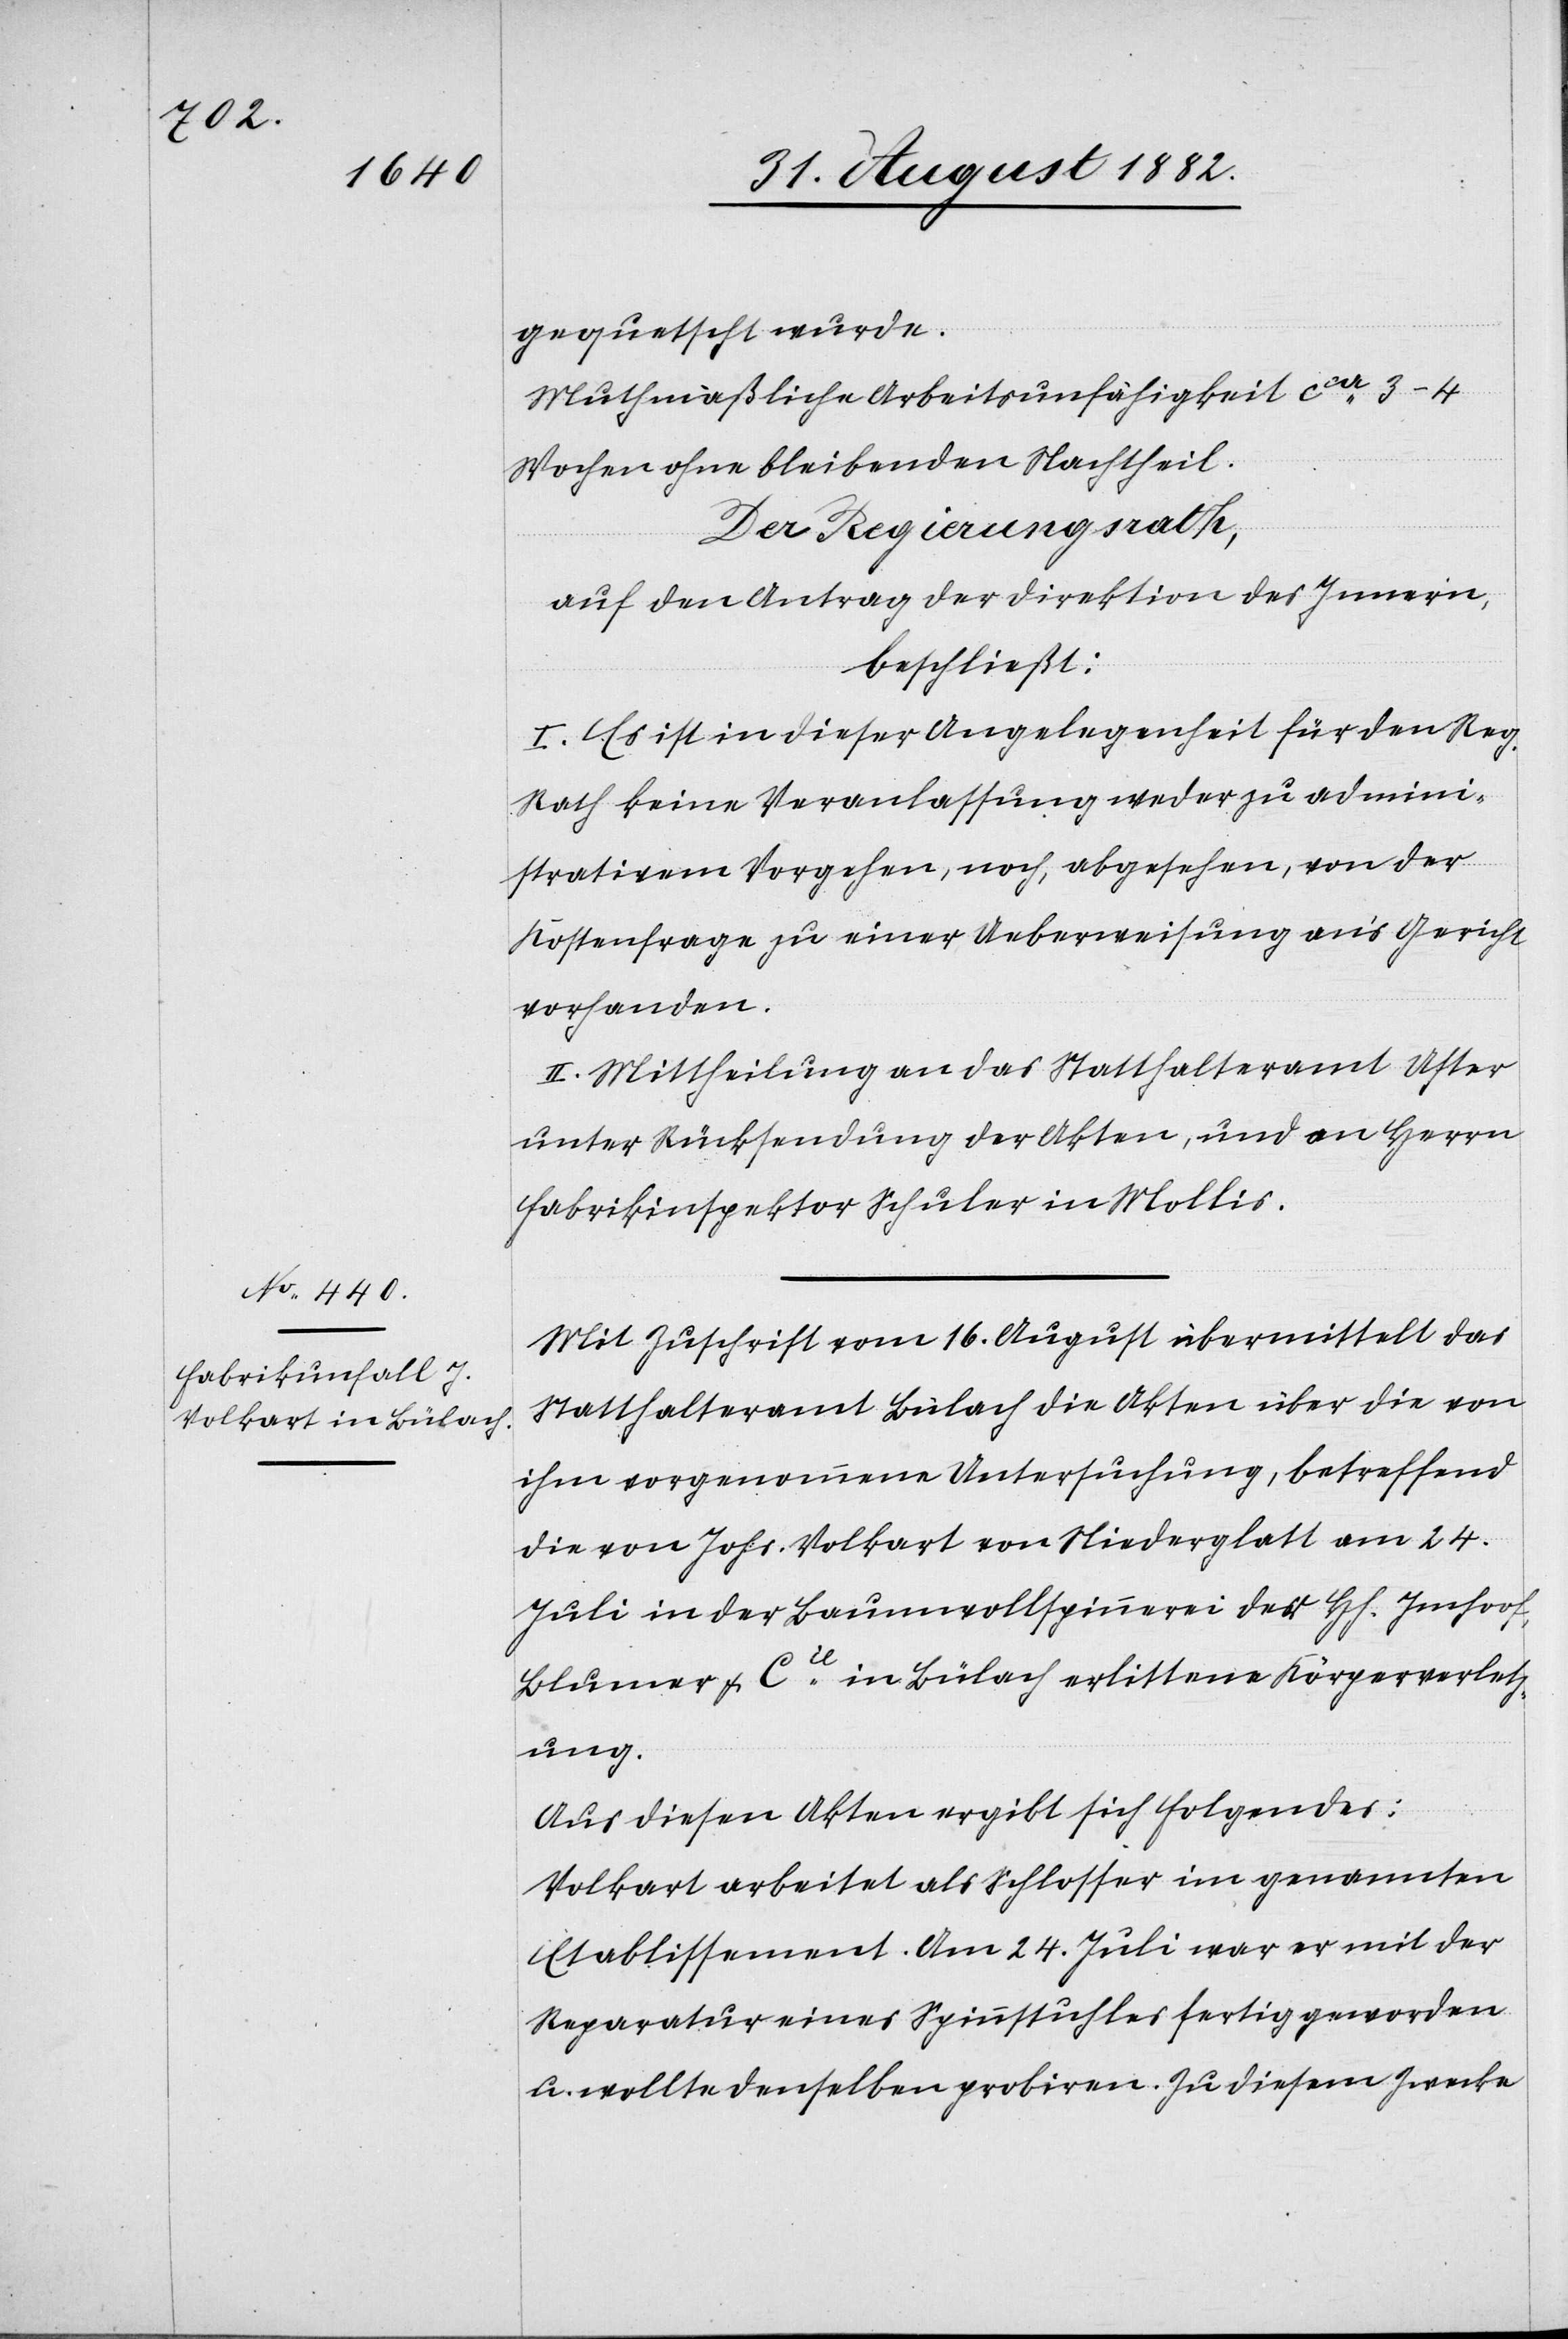
gequetscht wurde.
Muthmaßliche Arbeitsunfähigkeit ca 3–4
Wochen ohne bleibenden Nachtheil.
Der Regierungsrath,
auf den Antrag der Direktion des Innern,
beschließt:
I. Es ist in dieser Angelegenheit für den Reg.
Rath keine Veranlassung weder zu admini¬
strativem Vorgehen, noch, abgesehen von der
Kostenfrage zu einer Ueberweisung an’s Gericht
vorhanden.
II. Mittheilung an das Statthalteramt Uster
unter Rücksendung der Akten, und an Herrn
Fabrikinspektor Schuler in Mollis.
Mit Zuschrift vom 16. August übermittelt das
Statthalteramt Bülach die Akten über die von
ihm vorgenommene Untersuchung, betreffend
die von Johs. Volkart von Niederglatt am 24.
Juli in der Baumwollspinnerei der Hh. Imhoof,
Blumer & Cie in Bülach erlittene Körperverletz¬
ung.
Aus diesen Akten ergibt sich Folgendes:
Volkart arbeitet als Schlosser im genannten
Etablissement. Am 24. Juli war er mit der
Reparatur eines Spinnstuhles fertig geworden
u. wollte denselben probiren. Zu diesem Zwecke